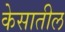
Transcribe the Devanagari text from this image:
केसातील